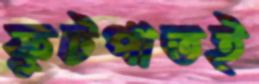
ফুটপাতই